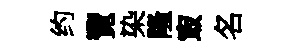
约覽染隆㝡名